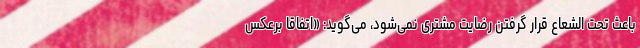
باعث تحت الشعاع قرار گرفتن رضایت مشتری نمی‌شود، می‌گوید: «اتفاقا برعکس